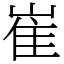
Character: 崔